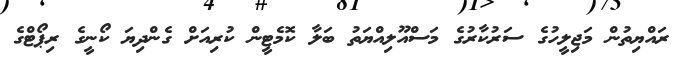
ރައްޔިތުން މަޖިލީހުގެ ސަރުކާރުގެ މަސްއޫލިއްޔަތު ބަލާ ކޮމެޓީން ކުރިއަށް ގެންދިޔަ ކޯނީގެ ރިޕޯޓްގެ